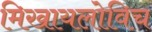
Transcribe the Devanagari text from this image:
मिखायलोविच